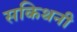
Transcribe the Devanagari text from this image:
सकिथनी